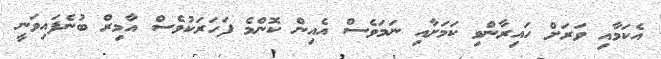
އެކަމާއި ވަރަށް ހައިރާންވި ކަމަށާއި ނަމަވެސް އެއިން ކޮންމެ ފަހަރަކުވެސް އާމިރް ބުނެފައިވަނީ